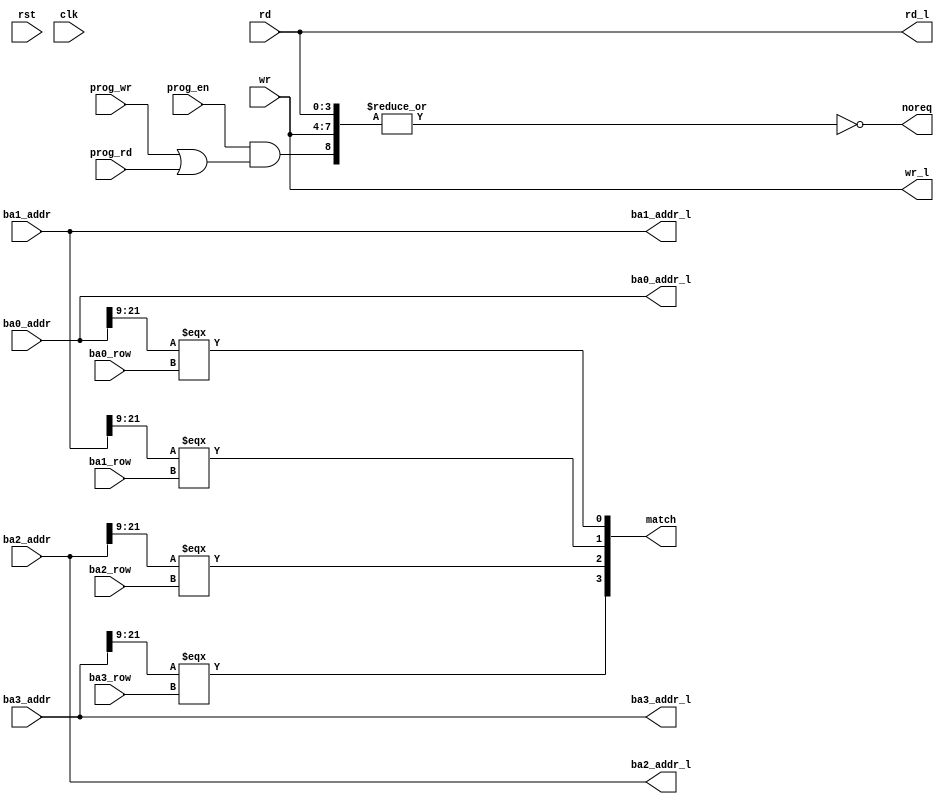
/*  This file is part of JTFRAME.
    JTFRAME program is free software: you can redistribute it and/or modify
    it under the terms of the GNU General Public License as published by
    the Free Software Foundation, either version 3 of the License, or
    (at your option) any later version.

    JTFRAME program is distributed in the hope that it will be useful,
    but WITHOUT ANY WARRANTY; without even the implied warranty of
    MERCHANTABILITY or FITNESS FOR A PARTICULAR PURPOSE.  See the
    GNU General Public License for more details.

    You should have received a copy of the GNU General Public License
    along with JTFRAME.  If not, see <http://www.gnu.org/licenses/>.

    Author: Jose Tejada Gomez. Twitter: @topapate
    Version: 1.0
    Date: 29-4-2021 */

module jtframe_sdram64_latch #(parameter LATCH=0, AW=22)(
    input               rst,
    input               clk,
    input      [AW-1:0] ba0_addr,
    input      [AW-1:0] ba1_addr,
    input      [AW-1:0] ba2_addr,
    input      [AW-1:0] ba3_addr,
    output reg [AW-1:0] ba0_addr_l,
    output reg [AW-1:0] ba1_addr_l,
    output reg [AW-1:0] ba2_addr_l,
    output reg [AW-1:0] ba3_addr_l,
    input      [  12:0] ba0_row,
    input      [  12:0] ba1_row,
    input      [  12:0] ba2_row,
    input      [  12:0] ba3_row,
    input         [3:0] rd,
    input         [3:0] wr,
    input               prog_en,
    input               prog_rd,
    input               prog_wr,
    output reg    [3:0] rd_l,
    output reg    [3:0] wr_l,
    output reg    [3:0] match,
    output reg          noreq
);

localparam RMSB = AW==22 ? AW-1 : AW-2,
           RLSB = RMSB-12;

wire prog_rq = prog_en &(prog_wr | prog_rd);

generate
    if( LATCH==1 ) begin
        always @(posedge clk, posedge rst) begin
            if( rst ) begin
                ba0_addr_l <= 0;
                ba1_addr_l <= 0;
                ba2_addr_l <= 0;
                ba3_addr_l <= 0;
                wr_l       <= 0;
                rd_l       <= 0;
                noreq      <= 1;
            end else begin
                ba0_addr_l <= ba0_addr;
                ba1_addr_l <= ba1_addr;
                ba2_addr_l <= ba2_addr;
                ba3_addr_l <= ba3_addr;
                match[0]   <= ba0_addr[RMSB:RLSB]===ba0_row;
                match[1]   <= ba1_addr[RMSB:RLSB]===ba1_row;
                match[2]   <= ba2_addr[RMSB:RLSB]===ba2_row;
                match[3]   <= ba3_addr[RMSB:RLSB]===ba3_row;
                wr_l       <= wr;
                rd_l       <= rd;
                noreq      <= ~|{wr,rd,prog_rq};
            end
        end
    end else begin
        always @(*) begin
                ba0_addr_l = ba0_addr;
                ba1_addr_l = ba1_addr;
                ba2_addr_l = ba2_addr;
                ba3_addr_l = ba3_addr;
                match[0]   = ba0_addr[RMSB:RLSB]===ba0_row;
                match[1]   = ba1_addr[RMSB:RLSB]===ba1_row;
                match[2]   = ba2_addr[RMSB:RLSB]===ba2_row;
                match[3]   = ba3_addr[RMSB:RLSB]===ba3_row;
                wr_l       = wr;
                rd_l       = rd;
                noreq      = ~|{wr,rd,prog_rq};
        end
    end
endgenerate

endmodule